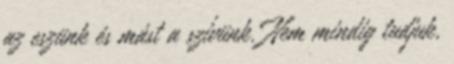
az eszünk és mást a szívünk. Nem mindig tudjuk,